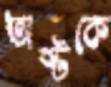
অষ্টকে